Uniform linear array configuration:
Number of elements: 24
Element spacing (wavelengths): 1
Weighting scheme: kaiser
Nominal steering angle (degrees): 15
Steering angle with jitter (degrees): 14.769
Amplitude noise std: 0.05
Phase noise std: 0.05

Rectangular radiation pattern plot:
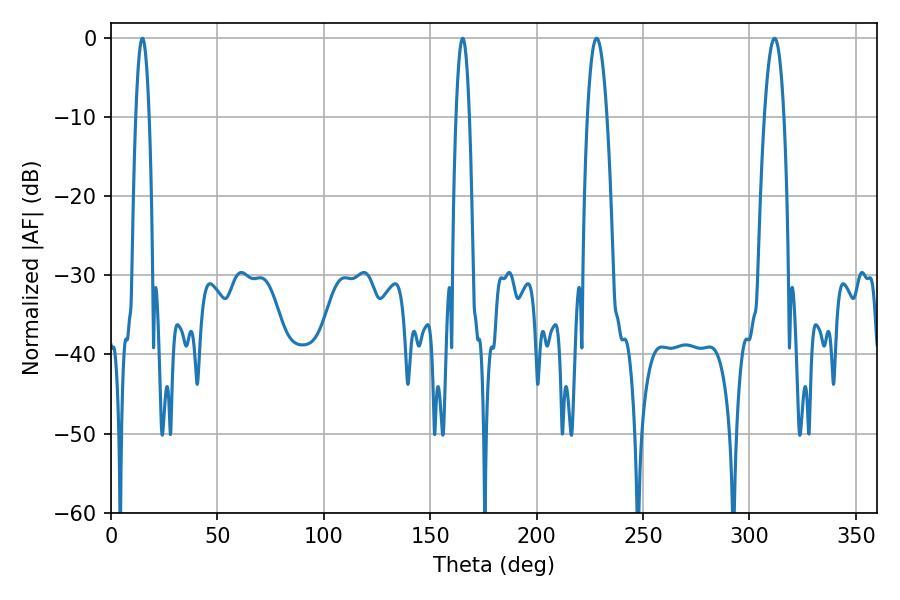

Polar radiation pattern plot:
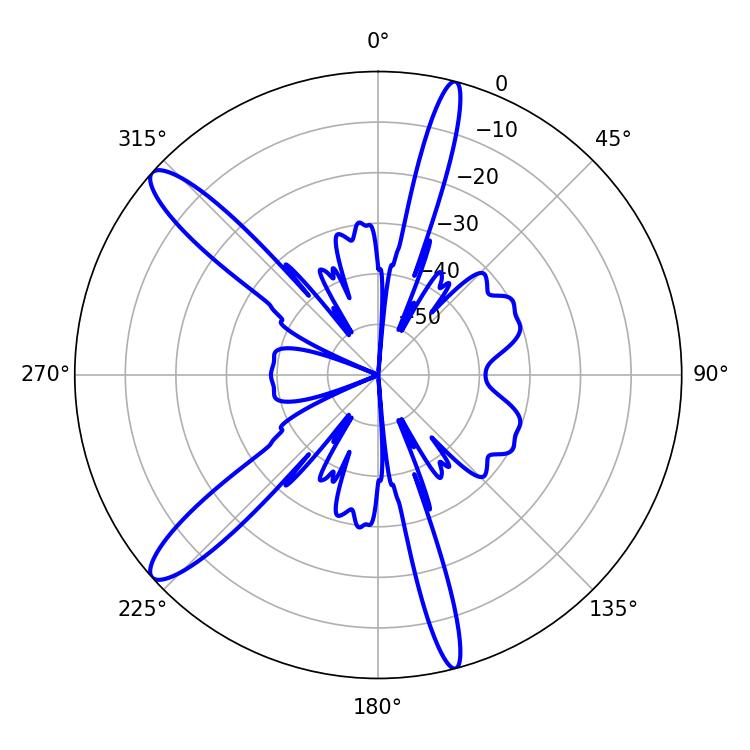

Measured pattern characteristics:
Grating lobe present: TRUE
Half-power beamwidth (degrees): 3.42
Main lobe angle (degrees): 14.76